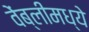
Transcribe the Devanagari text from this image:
वेंब्लीमध्ये